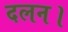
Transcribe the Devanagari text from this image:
दलन।